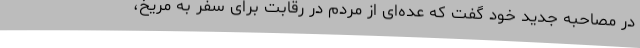
در مصاحبه جدید خود گفت که عده‌ای از مردم در رقابت برای سفر به مریخ،